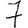
Digit: 7